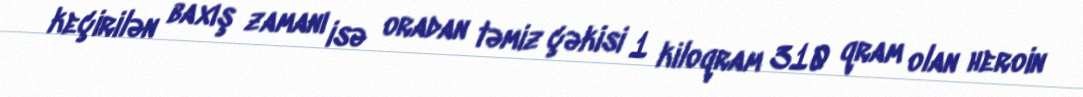
keçirilən baxış zamanı isə oradan təmiz çəkisi 1 kiloqram 310 qram olan heroin